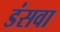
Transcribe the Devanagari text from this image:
डंसवा